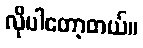
လိုပါတော့တယ်။